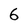
Character: 6